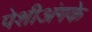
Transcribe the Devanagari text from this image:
पेशीअंगके